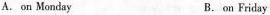
A. on Monday B. on Friday